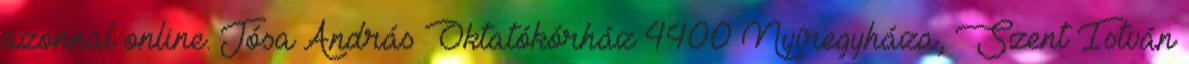
azonnal online. Jósa András Oktatókórház 4400 Nyíregyháza, Szent István